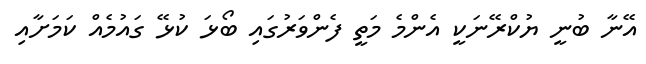
އޭނާ ބުނީ ޔުކްރޭނަކީ އެންމެ މަތީ ފެންވަރުގައި ބޯޅަ ކުޅޭ ގައުމެއް ކަމަށާއި